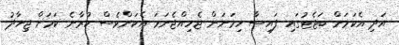
އަދި އެކަމަށް ބަޖެޓުގައި ފައިސާ ހިމަނަން ޖެހިއްޖެނަމަ އެކަންވެސް ކުރާނެ ކަަމަށް ޖިހާދު